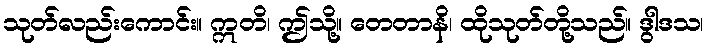
သုတ်လည်းကောင်း။ ဣတိ၊ ဤသို့။ တေတာနိ၊ ထိုသုတ်တို့သည်။ ဒွါဒသ၊